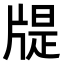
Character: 𤗘